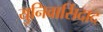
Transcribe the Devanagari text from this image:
युनिवार्सिदाद